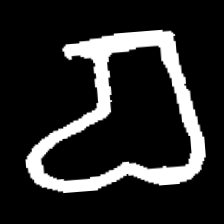
Pyu character \u2014 Myanmar letter: စ (romanized: ca)